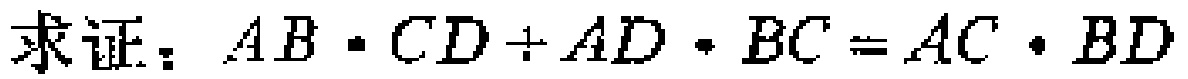
求证：\(AB\cdot CD + AD\cdot BC = AC\cdot BD\)